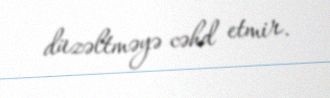
düzəltməyə cəhd etmir.